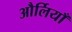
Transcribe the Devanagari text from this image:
और्लियाँ